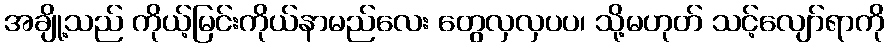
အချို့သည် ကိုယ့်မြင်းကိုယ်နာမည်လေး တွေလှလှပပ၊ သို့မဟုတ် သင့်လျော်ရာကို